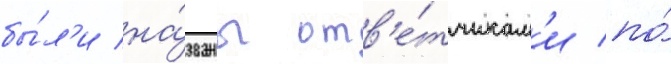
бы́л'и на́званы отв'е́тчикам'и по́